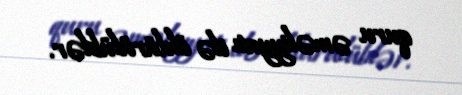
quru əməliyyatı ilə öldürülüblər.